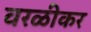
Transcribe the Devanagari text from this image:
वरळीकर